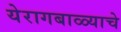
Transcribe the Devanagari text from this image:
येरागबाळ्याचे